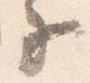
子